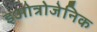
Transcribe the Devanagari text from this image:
इओत्रोजेनिक